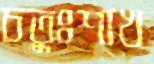
চতুঃশাখ